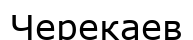
Черекаев